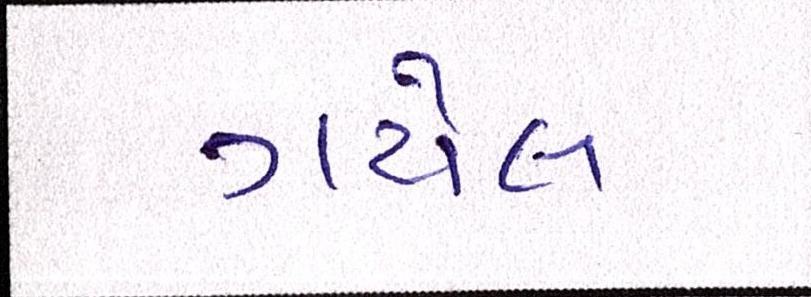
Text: ગયેલ